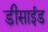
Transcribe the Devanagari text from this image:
डीसाईड